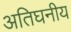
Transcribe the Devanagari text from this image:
अतिघनीय